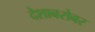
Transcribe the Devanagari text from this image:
देशाबरोबर